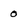
Character: 0